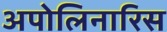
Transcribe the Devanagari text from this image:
अपोलिनारिस